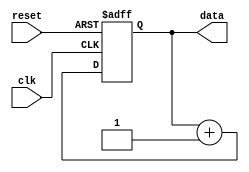
module RepeatLoop (
    input wire clk,        // Clock signal
    input wire reset,      // Reset signal to exit the loop
    output reg [7:0] data  // Example output data register
);

    // Initialization
    initial begin
        data = 8'b0;       // Initialize data
    end

    // Always block to represent the repeat loop behavior
    always @(posedge clk or posedge reset) begin
        if (reset) begin
            data <= 8'b0;  // Reset the data when reset signal is high
        end else begin
            // Loop Body: Example operations
            data <= data + 1; // Increment data in each iteration
            
            // Here you can add additional operations as needed
        end
    end

endmodule